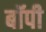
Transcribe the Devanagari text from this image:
बॉपी